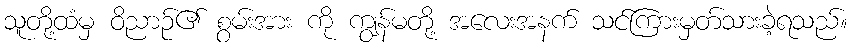
သူတို့ထံမှ ဝိညာဉ်၏ စွမ်းအား ကို ကျွန်မတို့ အလေးအနက် သင်ကြားမှတ်သားခဲ့ရသည်။